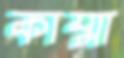
কাম্মা